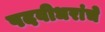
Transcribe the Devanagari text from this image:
पदवीधरांचे